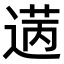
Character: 𫈡